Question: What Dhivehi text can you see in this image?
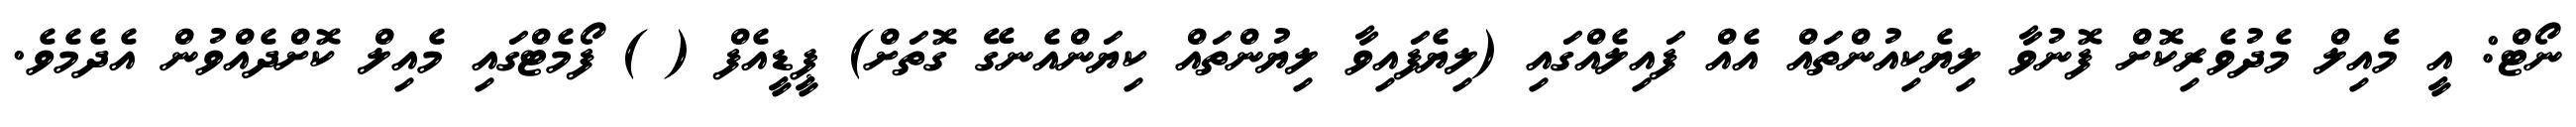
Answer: ނޯޓް: އީ މެއިލް މެދުވެރިކޮށް ފޮނުވާ ލިޔެކިއުންތައް އެއް ފައިލެއްގައި (ލިޔެފައިވާ ލިޔުންތައް ކިޔަންއެނގޭ ގޮތަށް) ޕީޑީއެފް ( ) ފޯމެޓްގައި މެއިލް ކޮށްދެއްވުން އެދެމެވެ.